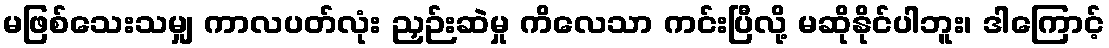
မဖြစ်သေးသမျှ ကာလပတ်လုံး ညှဉ်းဆဲမှု ကိလေသာ ကင်းပြီလို့ မဆိုနိုင်ပါဘူး၊ ဒါကြောင့်